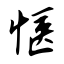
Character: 惬